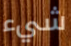
شيء